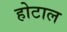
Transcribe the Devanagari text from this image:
होटाल